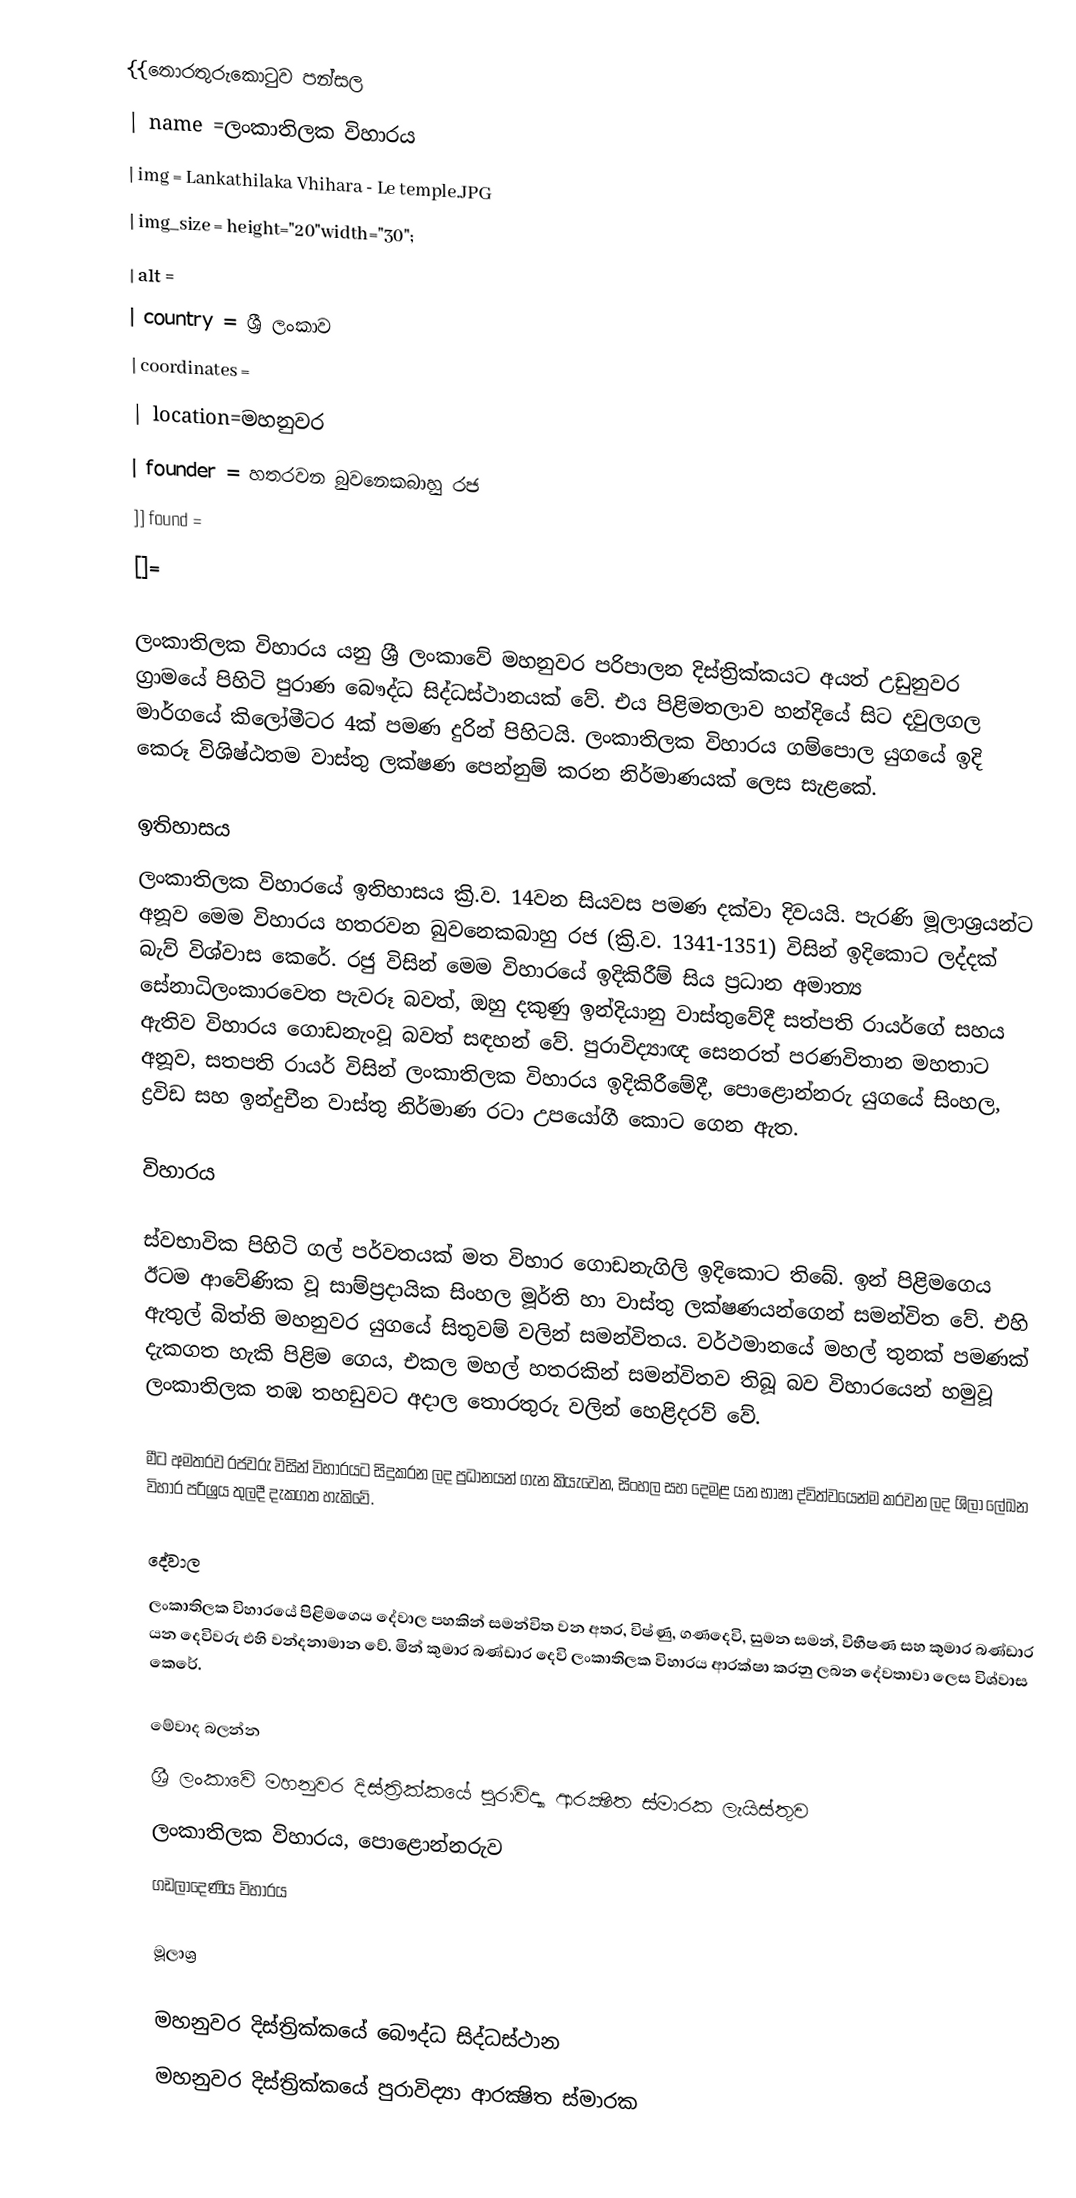
{{තොරතුරුකොටුව පන්සල
| name =ලංකාතිලක විහාරය
| img = Lankathilaka Vhihara - Le temple.JPG
| img_size = height="20"width="30";
| alt =
| country          = ශ්‍රී ලංකාව
| coordinates      =
| location=මහනුවර
| founder  = හතරවන බුවනෙකබාහු රජ
]] found =
[]=

ලංකාතිලක විහාරය යනු ශ්‍රී ලංකාවේ මහනුවර පරිපාලන දිස්ත්‍රික්කයට අයත් උඩුනුවර ග්‍රාමයේ පිහිටි පුරාණ බෞද්ධ සිද්ධස්ථානයක් වේ. එය පිළිමතලාව හන්දියේ සිට දවුලගල මාර්ගයේ කිලෝමීටර 4ක් පමණ දුරින් පිහිටයි. ලංකාතිලක විහාරය ගම්පොල යුගයේ ඉදි කෙරූ විශිෂ්ඨතම වාස්තු ලක්ෂණ පෙන්නුම් කරන නිර්මාණයක් ලෙස සැළකේ.

ඉතිහාසය
ලංකාතිලක විහාරයේ ඉතිහාසය ක්‍රි.ව. 14වන සියවස පමණ දක්වා දිවයයි. පැරණි මූලාශ්‍රයන්ට අනූව මෙම විහාරය හතරවන බුවනෙකබාහු රජ (ක්‍රි.ව. 1341-1351) විසින් ඉදිකොට ලද්දක් බැව් විශ්වාස කෙරේ. රජු විසින් මෙම විහාරයේ ඉදිකිරීම් සිය ප්‍රධාන අමාත්‍ය සේනාධිලංකාරවෙත පැවරූ බවත්, ඔහු දකුණු ඉන්දියානු වාස්තුවේදී සත්පති රායර්ගේ සහය ඇතිව විහාරය ගොඩනැංවූ බවත් සඳහන් වේ. පුරාවිද්‍යාඥ සෙනරත් පරණවිතාන මහතාට අනූව, සතපති රායර් විසින් ලංකාතිලක විහාරය ඉදිකිරීමේදී, පොළොන්නරු යුගයේ සිංහල, ද්‍රවිඩ සහ ඉන්දුචීන වාස්තු නිර්මාණ රටා උපයෝගී කොට ගෙන ඇත.

විහාරය

ස්වභාවික පිහිටි ගල් පර්වතයක් මත විහාර ගොඩනැගිලි ඉදිකොට තිබේ. ඉන් පිළිමගෙය ඊටම ආවේණික වූ සාම්ප්‍රදායික සිංහල මූර්ති හා වාස්තු ලක්ෂණයන්ගෙන් සමන්විත වේ. එහි ඇතුල් බිත්ති මහනුවර යුගයේ සිතුවම් වලින් සමන්විතය. වර්ථමානයේ මහල් තුනක් පමණක් දැකගත හැකි පිළිම ගෙය, එකල මහල් හතරකින් සමන්විතව තිබූ බව විහාරයෙන් හමුවූ ලංකාතිලක තඹ තහඩුවට අදාල තොරතුරු වලින් හෙළිදරව් වේ.

මීට අමතරව රජවරු විසින් විහාරයට සිදුකරන ලද ප්‍රධානයන් ගැන කියැවෙන, සිංහල සහ දෙමළ යන භාෂා ද්විත්වයෙන්ම කරවන ලද ශිලා ලේඛන විහාර පරිශ්‍රය තුලදී දැකගත හැකිවේ.

දේවාල
ලංකාතිලක විහාරයේ පිළිමගෙය දේවාල පහකින් සමන්විත වන අතර, විෂ්ණු, ගණදෙවි, සුමන සමන්, විභීෂණ සහ කුමාර බණ්ඩාර යන දෙවිවරු එහි වන්දනාමාන වේ. මින් කුමාර බණ්ඩාර දෙවි ලංකාතිලක විහාරය ආරක්ෂා කරනු ලබන දේවතාවා ලෙස විශ්වාස කෙරේ.

මේවාද බලන්න
ශ්‍රී ලංකාවේ මහනුවර දිස්ත්‍රික්කයේ පුරාවිද්‍යා ආරක්‍ෂිත ස්මාරක ලැයිස්තුව
ලංකාතිලක විහාරය, පොළොන්නරුව
ගඩලාදෙණිය විහාරය

මූලාශ්‍ර

මහනුවර දිස්ත්‍රික්කයේ බෞද්ධ සිද්ධස්ථාන
මහනුවර දිස්ත්‍රික්කයේ පුරාවිද්‍යා ආරක්‍ෂිත ස්මාරක